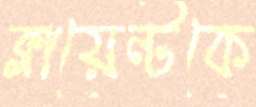
ক্লায়েন্টকে